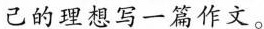
己的理想写一篇作文。